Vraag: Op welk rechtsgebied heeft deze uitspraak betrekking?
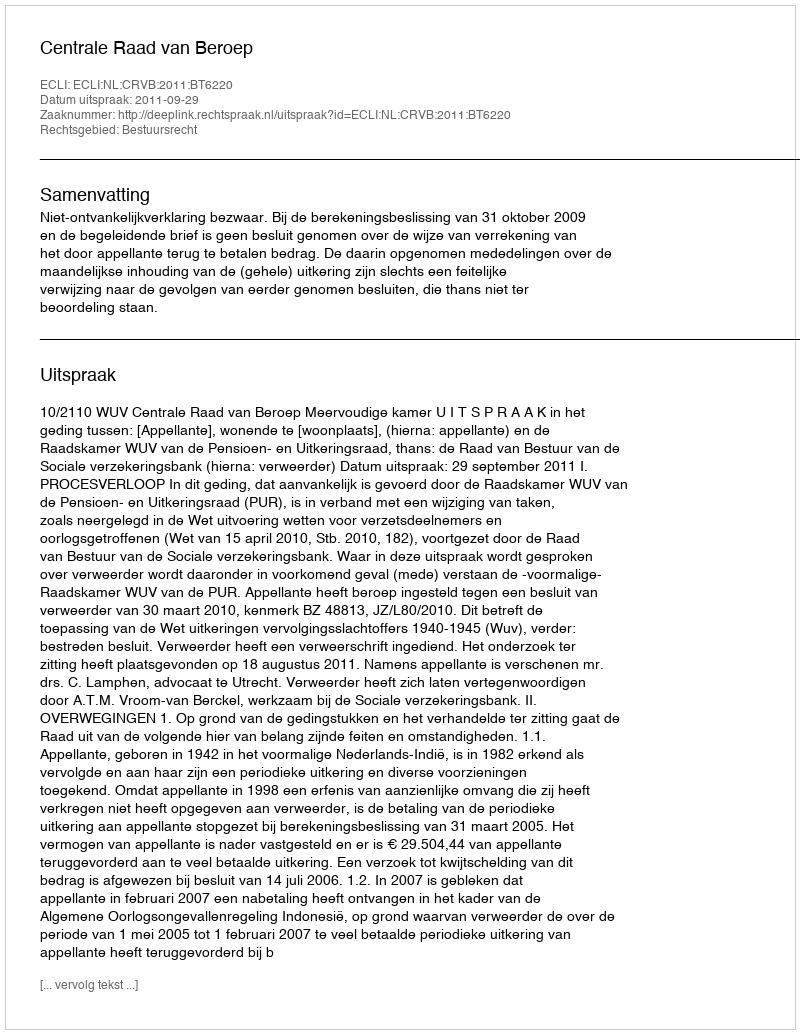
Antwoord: Bestuursrecht